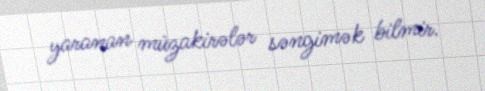
yaranan müzakirələr səngimək bilmir.